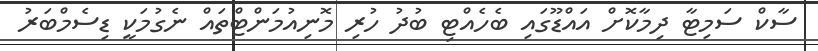
ސާކް ސަމިޓާ ދިމާކޮށް އައްޑޫގައި ބެހެއްޓި ބުދު ހުރި މޮނިއުމަންޓްތައް ނެގުމަކީ ޑިސެމްބަރު